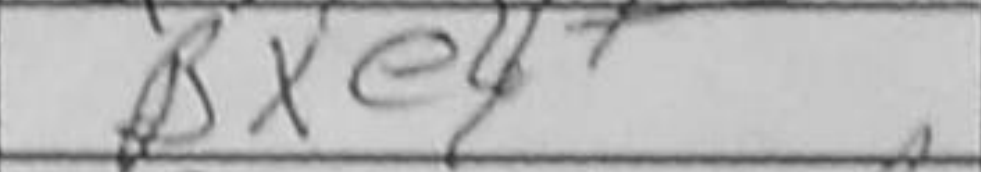
Transcription: Bxe4+